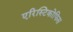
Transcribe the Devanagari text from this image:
एरिस्टिकोफिस